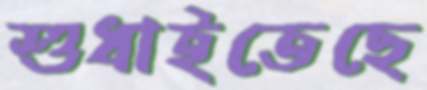
শুধাইতেছে